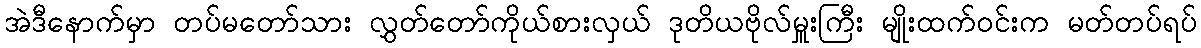
အဲဒီနောက်မှာ တပ်မတော်သား လွှတ်တော်ကိုယ်စားလှယ် ဒုတိယဗိုလ်မှူးကြီး မျိုးထက်ဝင်းက မတ်တပ်ရပ်